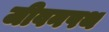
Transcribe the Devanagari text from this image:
जीवनपथ